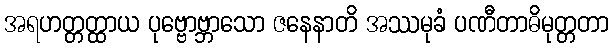
အရဟတ္တတ္ထာယ ပုဗ္ဗောဗ္ဘာသော ဇနေနာတိ အဿမုခံ ပဏီတာဓိမုတ္တတာ